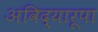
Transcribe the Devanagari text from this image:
अविद्यारूपा